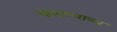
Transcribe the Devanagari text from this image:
चालण्यावर